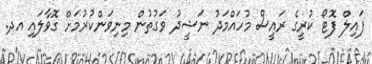
ފައިލް ފޮޓޯ ކުރީގެ ރައީސް މުހައްމަދު ނަޝީދު ވަގުތުން މިނިވަންކުރުމަށް ގޮވާލައި އދ.